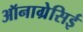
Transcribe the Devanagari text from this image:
ऑनाग्रेसिई